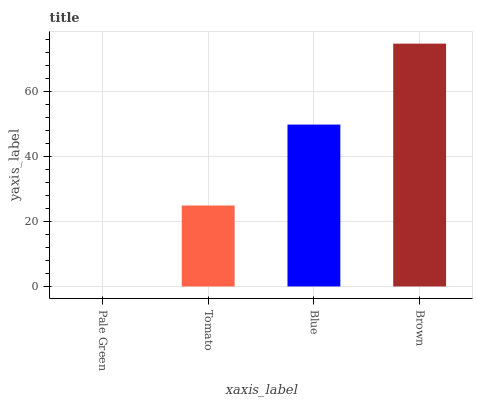
| xaxis_label | bars |
 | --- | --- |
 | Pale Green | 0 |
 | Tomato | 24.9 |
 | Blue | 49.9 |
 | Brown | 74.8 |